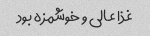
غذا عالی و خوشمزه بود